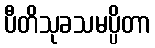
ပီတိသုခသမပ္ပိတာ